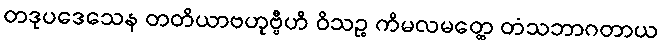
တဒုပဒေသေန တတိယာဗဟုဗ္ဗီဟိ ဝိသဉ္စ ကိမလမတ္ထေ တံသဘာဂတာယ